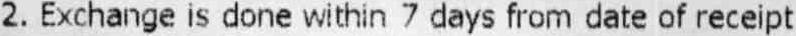
2. EXCHANGE IS DONE WITHIN 7 DAYS FROM DATE OF RECEIPT